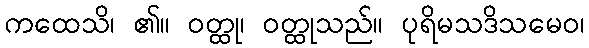
ကထေသိ၊ ၏။ ဝတ္ထု၊ ဝတ္ထုသည်။ ပုရိမသဒိသမေဝ၊